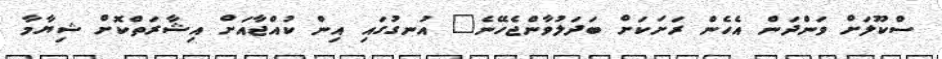
ސްކޫލަށް ވަންދަން އެހެން ރަށަކަށް ބަދަލުވާންޖެހޭނެ" އުނގުގައި އިން ކުއްޖާއަށް އިޝާރަތްކޮށް ޝިޔާމާ